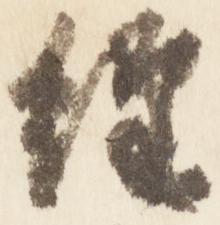
経